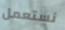
نستعمل